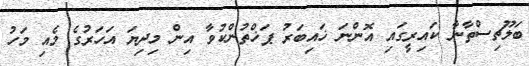
ބަލޫޗިސްތާނާ ކައިރީގައި އޮންނަ ޚައިބަރު ޕަޚްތުންކުވާ އިން މިދިޔަ އަހަރުގެ މެއި މަހު